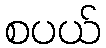
စပယ်